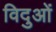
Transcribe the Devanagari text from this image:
विदुओं